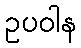
ဥပဝါန